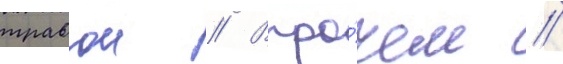
травои // Впро́чем /